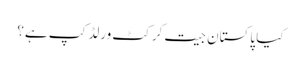
کیا پاکستان جیت کرکٹ ورلڈ کپ ہے؟